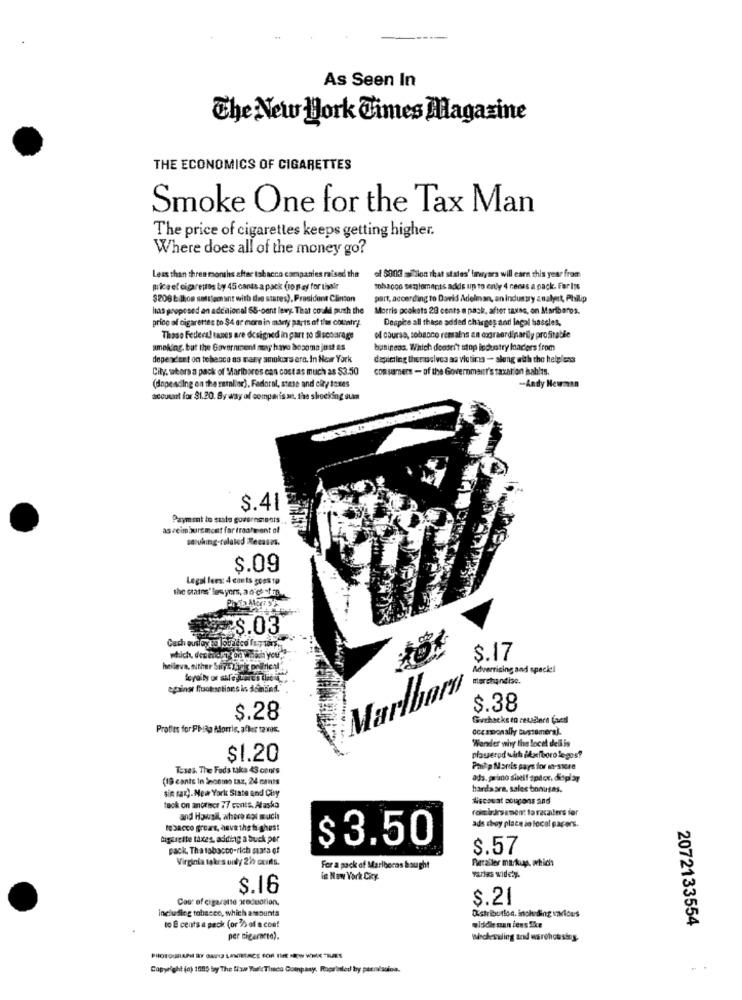
As Seen In
The New York Times Magazine
THE ECONOMICS OF CIGARETTES
Smoke One for the Tax Man
The price of cigarettes keeps getting higher.
Where does all of the money go?
Less than three months after tab acco companies raised the
of $003 million that states' lawyers will earn this year from
price el cigarestos by 45 canas a pack (10 may for tivair
tobacco samlemenas adds up to enly 4 nenas a pack. For Its
$208 ₺ lhos soittech int with the states), President Clinton
part, according to David Adelman, an industry analyst, Philip
has proposed an additional 65-cent lewy. That could push the
Morris pcokets 28 cents a pack, after taxes, on Mariboros.
price of cigarettes to $4 ar more in many parts of the cocaly).
Despite all thase added charges and legal bassles.
Those Federal tages are designed in part to discourage
el course, sobaoco remains an dograordinarily profitable
smoking, but the Government may have bozona just as
business. Which doesri't stop industry loaders from
dependent on tebecco as nagy amokors era. In New York
depicting theraselves as victims - along with the helpless
City, stora a pack of Mariboros can cost as much as $3.50
consumers - of the Government's taxation hab's.
(depending on the ratelior). Fadoral, stase and ciry toxes
-Andy Newman
account for $1.20. By way of comparis st, the shocking sum
$.41
Payment to state governments
as veim bursmost far treatment of
sesuhing-related Recases.
$.09
Legal fees: 4 conts goes to
the crains' les yors, a d'ce stas ....
$.03
Cach ousoy no logieco fog vors.
which, deshorty on which you.
$.17
helleva, either Shipstigit polfriction
Advertising and speck !!
merchandise.
epainst ffuoksetions in doinind."
Marlboro
$.38
$.28
Guehacks to retailers Caer
Proffes for Philip Morris, afler tavas.
ocesmonally customeral.
"Wonder why the local dell is
$1.20
plasserod with ilaefboro logos?
Teses, The Fods taka 43 cents
Paitp Maris pays for in-store
(19 cants In Snoemo tax, 24 cants
ads. parino sieif spicx. display
sin rax). New York State and City
harda sra, sales bonusas.
discount coupons and
tack on another 77 conts. Alaska
fambirsament to racaters fer
and Howgil, ahora not much
tobacco groars, have the te ghest
ads choy place jo local papers.
Cigargite taxes, adding a buck per
$ 3.50
pack. Tha tobacco-rich suars of
$.57
Virginia takers only 2% cuirs.
Retailer markup, which
For a pack of Marlboros bsught
is New York City.
varlas widely.
$.16
Cost of cigarette production.
$.21
including tobacco, which amounts
Distribution, inchiding varices
to E cents a pack (or 75 of a cost
aldidie man iens.Skce
2072133554
wircheseling and warehousing.
PHOTOGRAPH BY GUTES LANTETACS FOR THE NEW WORK THURS
Copyright (c) 1995 by The Www YaricTica Company. Roprinled by permission.